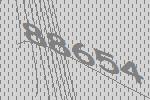
88654